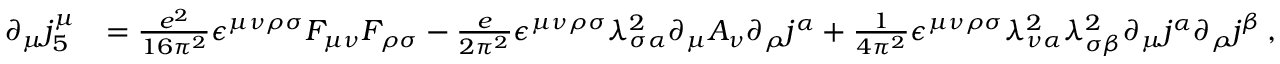
\begin{array} { r l } { \partial _ { \mu } j _ { 5 } ^ { \mu } } & { = \frac { e ^ { 2 } } { 1 6 \pi ^ { 2 } } \epsilon ^ { \mu \nu \rho \sigma } F _ { \mu \nu } F _ { \rho \sigma } - \frac { e } { 2 \pi ^ { 2 } } \epsilon ^ { \mu \nu \rho \sigma } \lambda _ { \sigma \alpha } ^ { 2 } \partial _ { \mu } A _ { \nu } \partial _ { \rho } j ^ { \alpha } + \frac { 1 } { 4 \pi ^ { 2 } } \epsilon ^ { \mu \nu \rho \sigma } \lambda _ { \nu \alpha } ^ { 2 } \lambda _ { \sigma \beta } ^ { 2 } \partial _ { \mu } j ^ { \alpha } \partial _ { \rho } j ^ { \beta } \, , } \end{array}